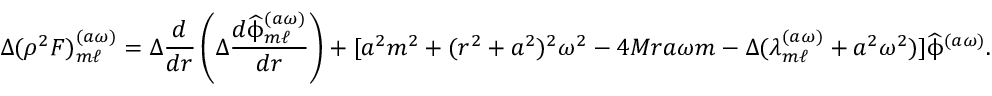
\Delta ( \rho ^ { 2 } F ) _ { m \ell } ^ { ( a \omega ) } = \Delta \frac { d } { d r } \left( \Delta \frac { d \widehat { \upphi } _ { m \ell } ^ { ( a \omega ) } } { d r } \right) + [ a ^ { 2 } m ^ { 2 } + ( r ^ { 2 } + a ^ { 2 } ) ^ { 2 } \omega ^ { 2 } - 4 M r a \omega m - \Delta ( \lambda _ { m \ell } ^ { ( a \omega ) } + a ^ { 2 } \omega ^ { 2 } ) ] \widehat { \upphi } ^ { ( a \omega ) } .